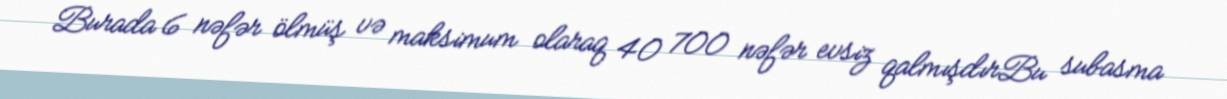
Burada 6 nəfər ölmüş və maksimum olaraq 40 700 nəfər evsiz qalmışdırBu subasma